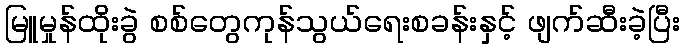
မြူမှုန်ထိုးခွဲ စစ်တွေကုန်သွယ်ရေးစခန်းနှင့် ဖျက်ဆီးခဲ့ပြီး